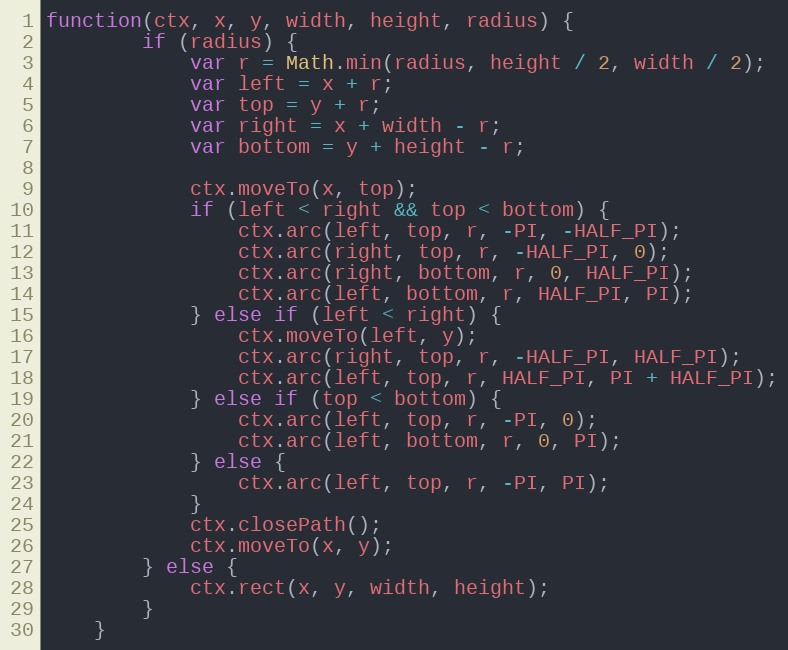
Language: JavaScript
function(ctx, x, y, width, height, radius) {
		if (radius) {
			var r = Math.min(radius, height / 2, width / 2);
			var left = x + r;
			var top = y + r;
			var right = x + width - r;
			var bottom = y + height - r;

			ctx.moveTo(x, top);
			if (left < right && top < bottom) {
				ctx.arc(left, top, r, -PI, -HALF_PI);
				ctx.arc(right, top, r, -HALF_PI, 0);
				ctx.arc(right, bottom, r, 0, HALF_PI);
				ctx.arc(left, bottom, r, HALF_PI, PI);
			} else if (left < right) {
				ctx.moveTo(left, y);
				ctx.arc(right, top, r, -HALF_PI, HALF_PI);
				ctx.arc(left, top, r, HALF_PI, PI + HALF_PI);
			} else if (top < bottom) {
				ctx.arc(left, top, r, -PI, 0);
				ctx.arc(left, bottom, r, 0, PI);
			} else {
				ctx.arc(left, top, r, -PI, PI);
			}
			ctx.closePath();
			ctx.moveTo(x, y);
		} else {
			ctx.rect(x, y, width, height);
		}
	}